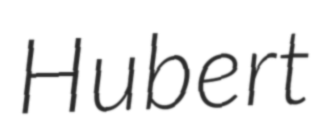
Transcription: Hubert